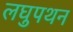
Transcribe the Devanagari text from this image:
लघुपथन